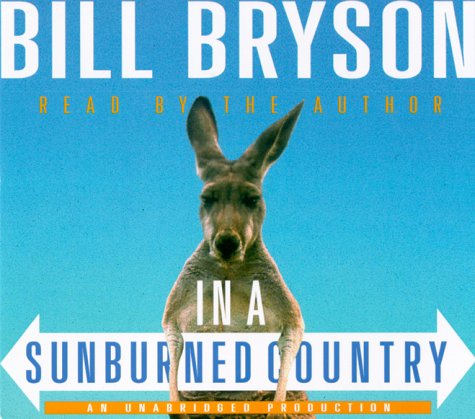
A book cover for In a Sunburned Country; Bill Bryson; History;